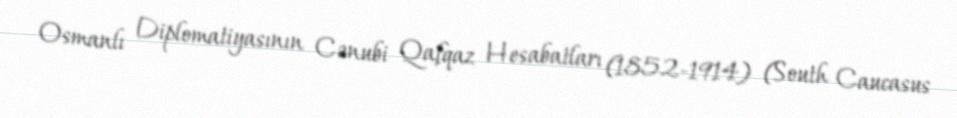
Osmanlı Diplomatiyasının Cənubi Qafqaz Hesabatları (1852-1914) (South Caucasus